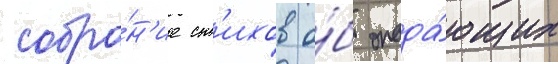
собра́н'ие ст'ихов о́б опада́ющих